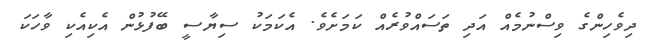
ދިވެހިންގެ ވިސްނުމެއް އަދި ތަސައްވުރެއް ކަމަށެވެ. އެކަމަކު ސިޔާސީ ބޭފުޅުން އެކިއެކި ވާހަކަ